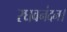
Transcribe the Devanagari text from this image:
रघवनंदन।